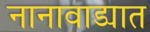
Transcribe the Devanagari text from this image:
नानावाड्यात